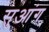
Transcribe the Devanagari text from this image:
सुआंग